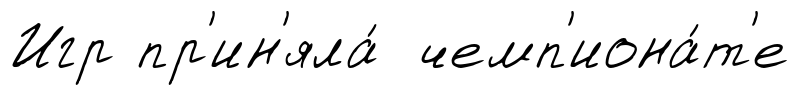
Игр пр'ин'яла́ чемп'иона́т'е